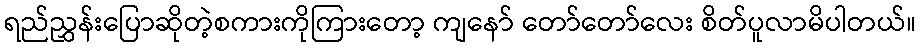
ရည်ညွှန်းပြောဆိုတဲ့စကားကိုကြားတော့ ကျနော် တော်တော်လေး စိတ်ပူလာမိပါတယ်။